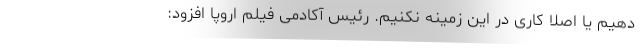
دهیم یا اصلا کاری در این زمینه نکنیم. رئیس آکادمی فیلم اروپا افزود: